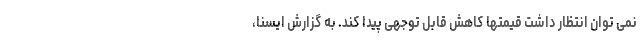
نمی توان انتظار داشت قیمتها کاهش قابل توجهی پیدا کند. به گزارش ایسنا،